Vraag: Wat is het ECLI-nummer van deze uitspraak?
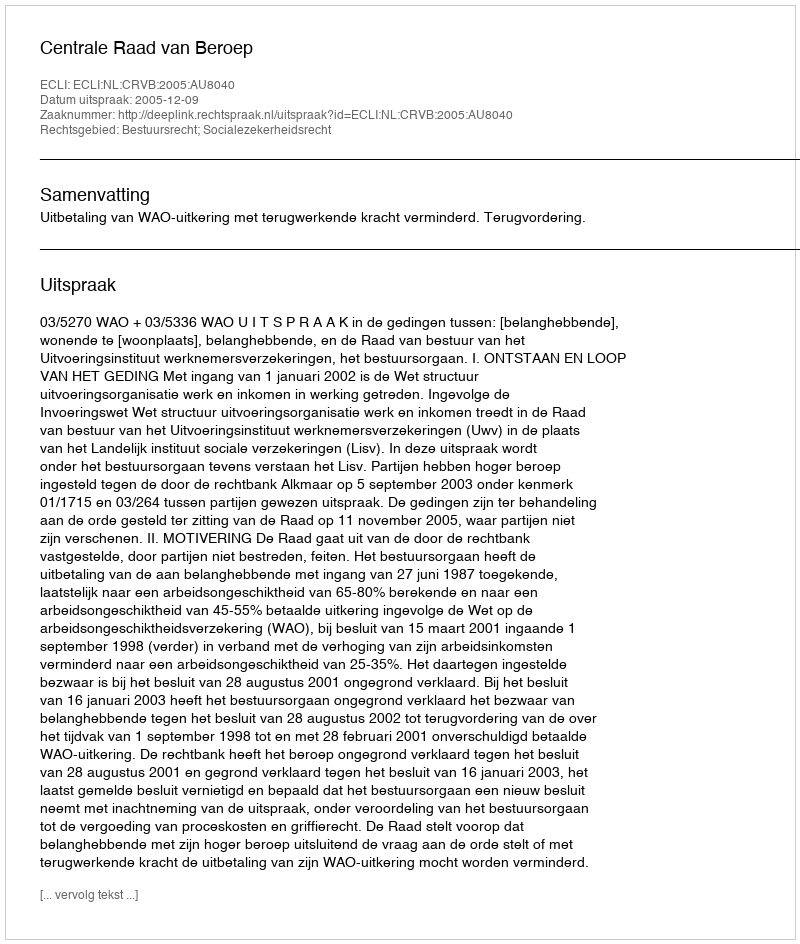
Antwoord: ECLI:NL:CRVB:2005:AU8040